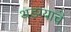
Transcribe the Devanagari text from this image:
थडग्याचे